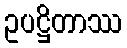
ဥပဋ္ဌိတာဿ